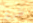
طريق